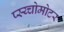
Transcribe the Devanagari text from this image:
प्स्य्चोमोटर